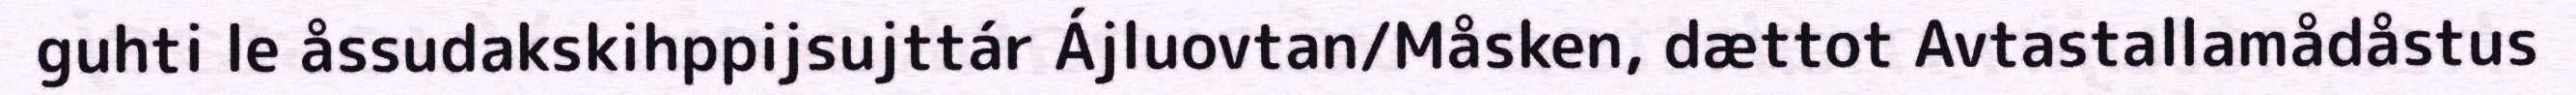
guhti le åssudakskihppijsujttár Ájluovtan/Måsken, dættot Avtastallamådåstus